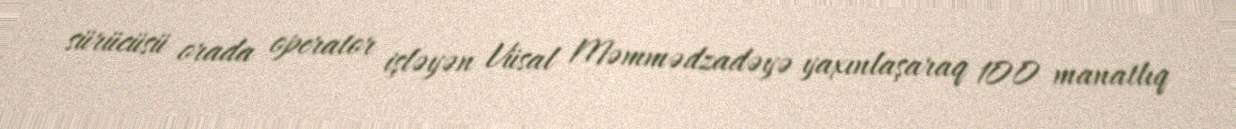
sürücüsü orada operator işləyən Vüsal Məmmədzadəyə yaxınlaşaraq 100 manatlıq